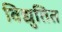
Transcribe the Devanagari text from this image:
विद्युतित